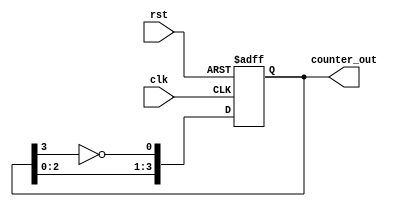
module johnson_counter (
    input wire clk,
    input wire rst,
    output reg [3:0] counter_out
);

reg [3:0] counter;

always @(posedge clk or posedge rst) begin
    if (rst) begin
        counter <= 4'b0001;
    end else begin
        counter <= {counter[2:0], ~counter[3]};
    end
end

assign counter_out = counter;

endmodule